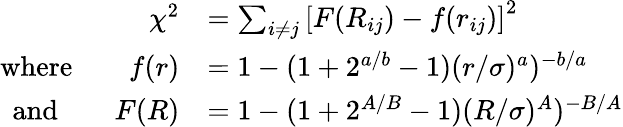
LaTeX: \begin{array}{rl}{\chi^{2}}&{=\sum_{i\ne j}\left[F(R_{ij})-f(r_{ij})\right]^{2}}\\ {\textrm{where}\qquad f(r)}&{=1-(1+2^{a/b}-1)(r/\sigma)^{a})^{-b/a}}\\ {\textrm{and}\qquad F(R)}&{=1-(1+2^{A/B}-1)(R/\sigma)^{A})^{-B/A}}\end{array}